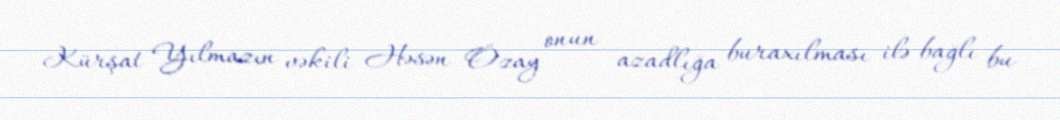
Kürşat Yılmazın vəkili Həsən Özay onun azadlığa buraxılması ilə bağlı bu